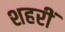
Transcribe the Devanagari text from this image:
शहरीं